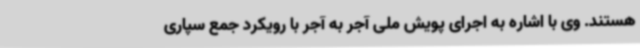
هستند. وی با اشاره به اجرای پویش ملی آجر به آجر با رویکرد جمع سپاری